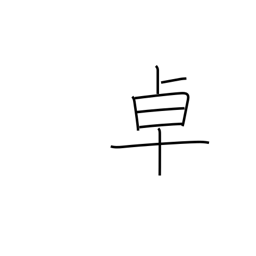
Meaning: table